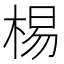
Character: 𣓾